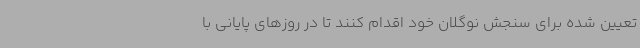
تعیین شده برای سنجش نوگلان خود اقدام کنند تا در روزهای پایانی با